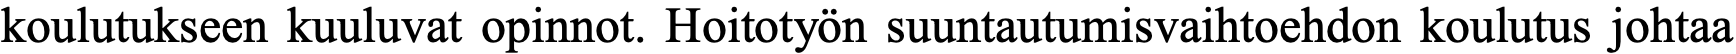
koulutukseen kuuluvat opinnot. Hoitotyön suuntautumisvaihtoehdon koulutus johtaa